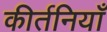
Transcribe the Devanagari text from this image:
कीर्तनियाँ